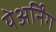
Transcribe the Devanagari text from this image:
येअर्निंग